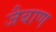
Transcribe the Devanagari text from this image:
जैबाण